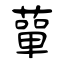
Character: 蕇